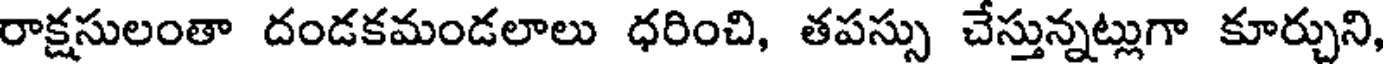
రాక్షసులంతా దండకమండలాలు ధరించి, తపస్సు చేస్తున్నట్లుగా కూర్చుని,